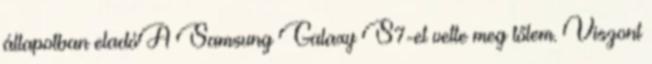
állapotban eladóA Samsung Galaxy S7-et vette meg tőlem. Viszont